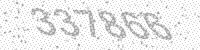
Solution: 337866